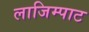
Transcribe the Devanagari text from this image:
लाजिम्पाट